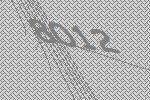
8012